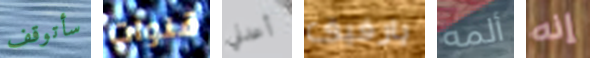
سأتوقف قنوات أعدني يارفيق ألمه إنه